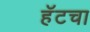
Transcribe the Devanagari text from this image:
हॅटचा